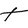
Character: t